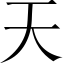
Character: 天